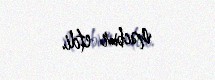
məcbur etdi.